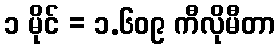
၁ မိုင် = ၁.၆၀၉ ကီလိုမီတာ